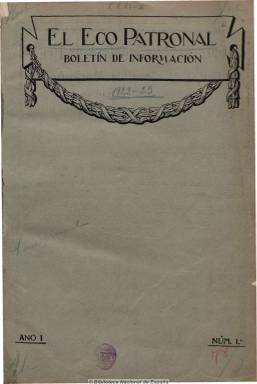
Título: El Eco patronal
Colección: Arquitectura y construcción
Ámbito geográfico: Madrid
Lugar de publicación: Madrid
Fechas: 01/06/1922-01/05/1936

Comienza subtitulándose “boletín de información” de las asociaciones patronales y su federación, especialmente de la de la construcción, por lo que se considera continuación del Eco de la construcción, que se había publicado unos años a partir de 1908. Se convertirá también en órgano de la confederación patronal española. Al principio con periodicidad quincenal, en números de una docena de páginas, y posteriormente con frecuencia mensual, aumentan las páginas de sus números hasta la treintena.

Publica artículos, tanto de carácter técnico como profesional, pero también sobre las diferentes posiciones que la patronal va adoptando ante las sucesivas reformas, normativas y políticas de relaciones con el mundo social y obrero, tanto durante el periodo de la dictadura primoriverista como durante los sucesivos gobiernos de la II República. Comienza con una sección bajo el epígrafe “Crónica de la quincena”, ofrece noticias e informaciones sobre las actividades organizativas de las diferentes asociaciones patronales, reseñas de subastas, concursos, bolsa de la construcción con las licencias municipales aprobadas, una sección de ofertas y demandas, jurisprudencia laboral, de accidentes de trabajo, etc.

Inserta anuncios publicitarios y al final incluirá una sección sobre los grandes edificios que se estaban construyendo en Madrid, con una fotografía de ellos en la portada. Las diferentes posturas políticas de la patronal en relación con las cuestiones obreras estuvieron reflejadas en esta publicación, en alguna ocasión inspirada por el maurista José Santos Ecay, cercana a la ideología autoritaria, y durante los años treinta por un republicano conciliador como José Sacristán Conesa.